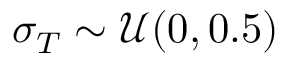
\sigma _ { T } \sim \mathcal { U } ( 0 , 0 . 5 )